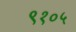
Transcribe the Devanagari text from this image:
९१०५